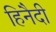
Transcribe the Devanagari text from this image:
हिनैदी